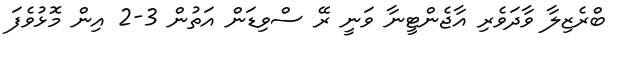
ބްރެޒިލާ ވާދަވެރި އާޖެންޓީނާ ވަނީ ރޭ ސްވިޑަން އަތުން 3-2 އިން މޮޅުވެފަ